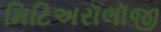
મિટિઅરૉલૉજી